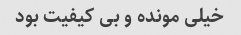
خیلی مونده و بی کیفیت بود